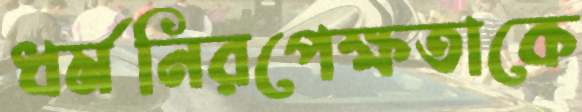
ধর্মনিরপেক্ষতাকে